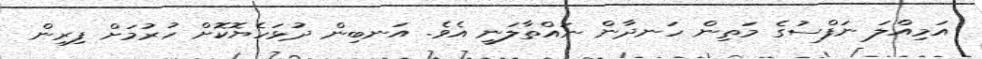
އަމިއްލަ ނަފްސުގެ މަތިން ހަނދާން ނައްތާލަނީ އެވެ. އަނބިން ދުޅަހެޔޮކޮށް ހުރުމަށް ފިރިން